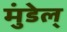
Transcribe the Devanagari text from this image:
मुंडेल्